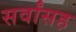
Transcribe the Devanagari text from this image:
सर्वांसह